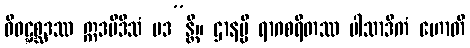
ဝိဝဋ္ဋစ္ဆဒဿ ဣဒမီဒိသံ ပဒ”န္တိ။ ဌာနမ္ပိ ရာဂစရိတဿ ပါသာဒိကံ ဟောတိ